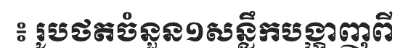
៖ រូបថតចំនួន១សន្លឹកបង្ហាញពី